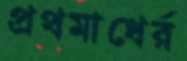
প্রথমাধের্র